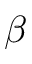
\beta